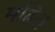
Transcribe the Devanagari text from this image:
मढ़ित